Lunatic asylums Madras 1892-1911 - 1892-1911
Year: 1892
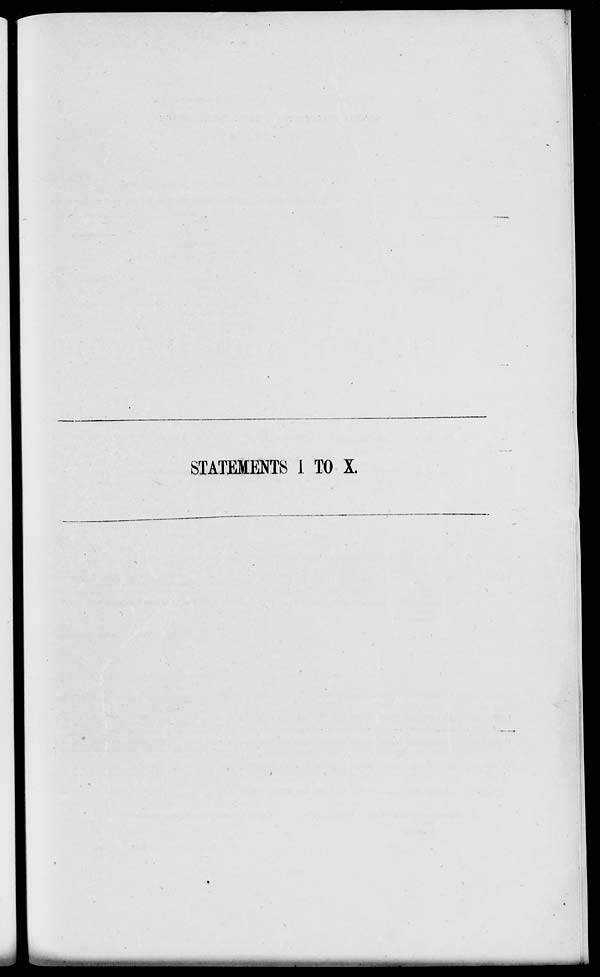
STATEMENTS I TO X.